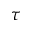
\tau